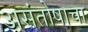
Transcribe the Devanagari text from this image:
असंतोषाचा